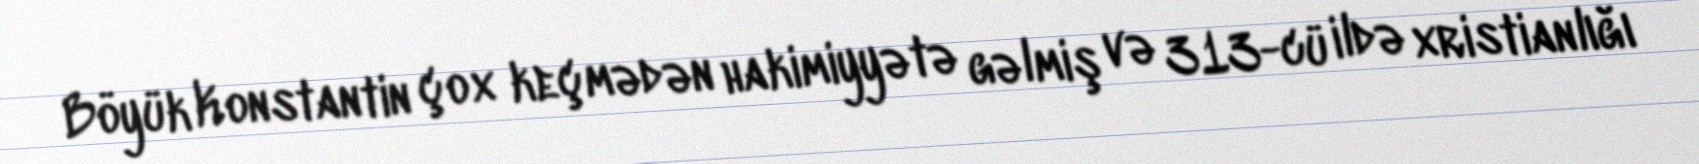
Böyük Konstantin çox keçmədən hakimiyyətə gəlmiş və 313-cü ildə xristianlığı